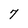
Character: 7